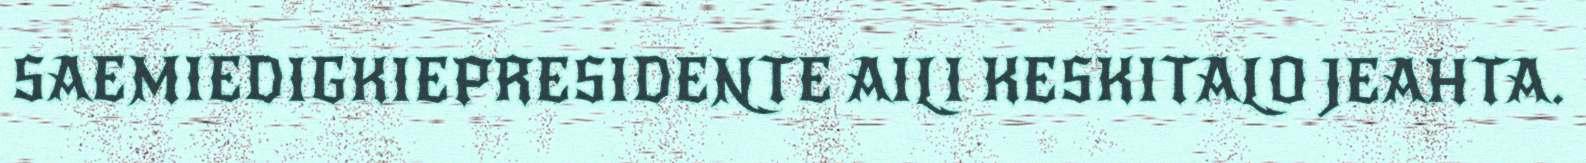
SAEMIEDIGKIEPRESIDENTE AILI KESKITALO JEAHTA.